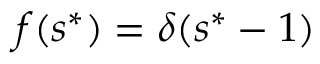
f ( s ^ { * } ) = \delta ( s ^ { * } - 1 )